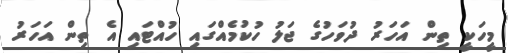
މީހަކީ ތިން އަހަރު ދުވަހުގެ ޖަލު ހުކުމެއްގައި ހުއްޓައި އެ ތިން އަހަރު